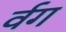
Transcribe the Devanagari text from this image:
र्वग